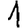
Digit: 1